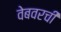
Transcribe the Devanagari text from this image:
वेबवरची